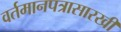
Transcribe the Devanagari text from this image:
वर्तमानपत्रासारखी